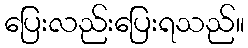
ပြေးလည်းပြေးရသည်။